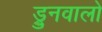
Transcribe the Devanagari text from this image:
ड्रुनवालो